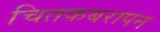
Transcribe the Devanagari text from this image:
चितकबरापन